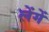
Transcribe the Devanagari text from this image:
लेंगें